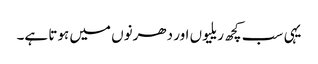
یہی سب کچھ ریلیوں اور دھرنوں میں ہوتا ہے۔